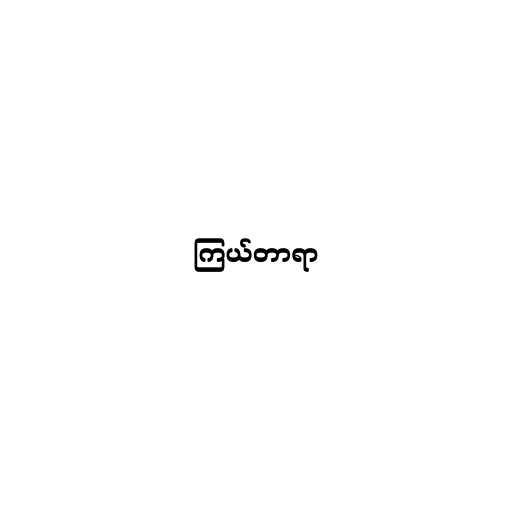
ကြယ်တာရာ